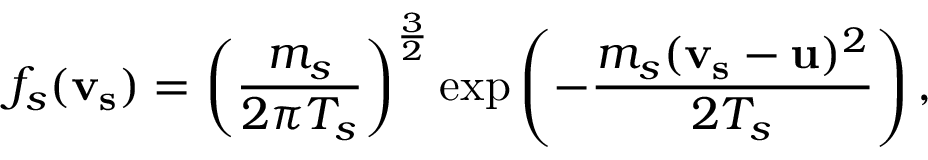
f _ { s } ( \mathbf { v _ { s } } ) = \left( \frac { m _ { s } } { 2 \pi T _ { s } } \right) ^ { \frac { 3 } { 2 } } \exp \left( - \frac { m _ { s } ( \mathbf { v _ { s } } - \mathbf { u } ) ^ { 2 } } { 2 T _ { s } } \right) ,